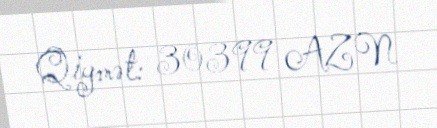
Qiymət: 30399 AZN